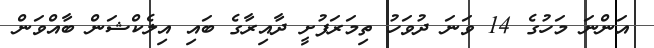
އަންނަ މަހުގެ 14 ވަނަ ދުވަހު ތިމަރަފުށީ ދާއިރާގެ ބައި އިލެކްޝަން ބާއްވަން